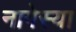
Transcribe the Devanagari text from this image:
नागेस्या